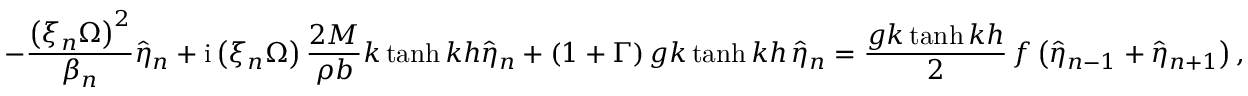
- \frac { \left( \xi _ { n } \Omega \right) ^ { 2 } } { \beta _ { n } } \hat { \eta } _ { n } + \mathrm { i } \left( \xi _ { n } \Omega \right) \frac { 2 M } { \rho b } k \operatorname { t a n h } { k h } \hat { \eta } _ { n } + \left( 1 + \Gamma \right) g k \operatorname { t a n h } { k h } \, \hat { \eta } _ { n } = \frac { g k \operatorname { t a n h } { k h } } { 2 } \, f \left( \hat { \eta } _ { n - 1 } + \hat { \eta } _ { n + 1 } \right) ,